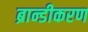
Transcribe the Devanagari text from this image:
ब्रान्डीकरण